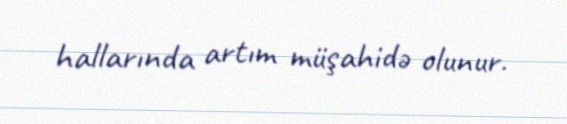
hallarında artım müşahidə olunur.